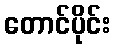
တောင်ပိုင်း